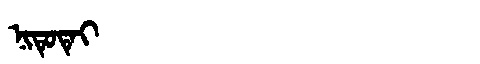
Manchu: ᠨᡳᡨᡠᡨᡝᡳ
Romanization: NITUTEI